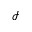
\mathcal { I }